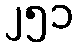
၂၅၁